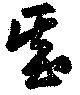
基